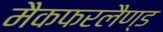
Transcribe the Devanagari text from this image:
मैकफरलैण्ड